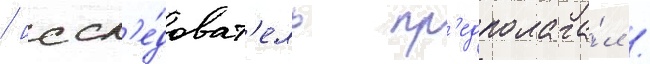
/ иссл'е́доват'ель пр'едполага́л /